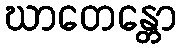
ဃာတေန္တော